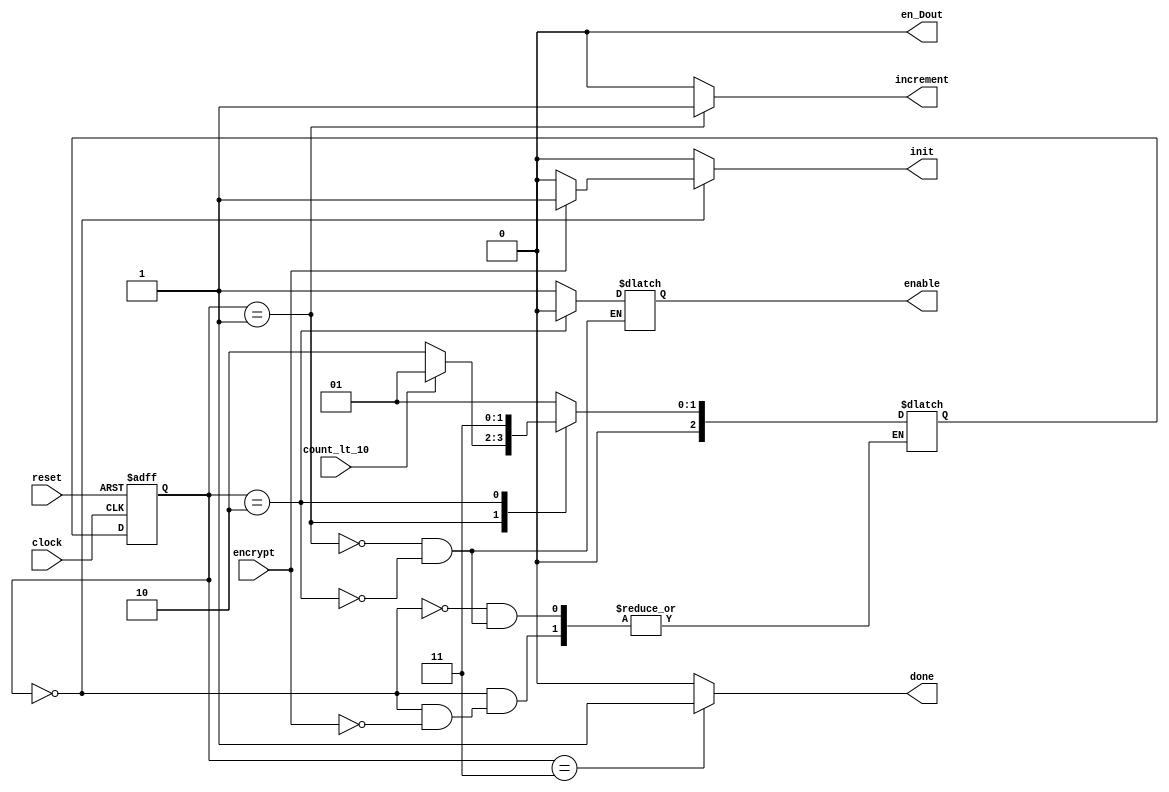
module Controller(
	output reg done, init, en_Dout,enable,increment,
	input count_lt_10, encrypt, clock, reset
);
	parameter S0 = 3'd0, S1 = 3'd1, S2 = 3'd2, S3 = 3'd3;
	reg [2:0] current, next;
	
	always @(posedge clock, posedge reset) begin
		if (reset)
			current <= S0;
		else
			current <= next;
	end

	always @(*) begin
		done = 0;
		init = 0;
		increment= 0;
    en_Dout = 0;
		init = 0;
		case (current)
			S0: begin
				if (encrypt) begin
					init = 1;
					next = S1;
				end
			end
			S1: begin
				enable=1;
				next = S2;
				increment=1;
				
				if (count_lt_10) begin
					next = S1;
				end
				else begin
					next = S2;
				
			end
			end
			S2: begin 
				enable=0;
				next=S3;
			end
			S3: begin
			  done = 1;
			end
			
			
			  
			
		endcase
	end
endmodule